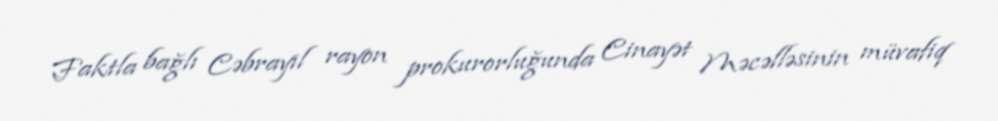
Faktla bağlı Cəbrayıl rayon prokurorluğunda Cinayət Məcəlləsinin müvafiq